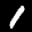
Label: 1